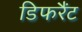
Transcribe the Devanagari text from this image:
डिफरैंट